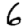
Digit: 6